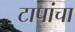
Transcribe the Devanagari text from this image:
टापांचा